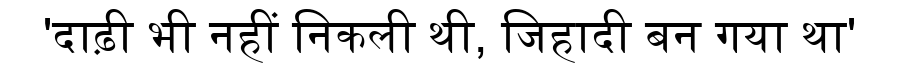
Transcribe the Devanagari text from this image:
'दाढ़ी भी नहीं निकली थी, जिहादी बन गया था'